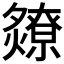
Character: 𬋘